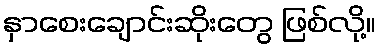
နှာစေးချောင်းဆိုးတွေ ဖြစ်လို့။